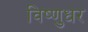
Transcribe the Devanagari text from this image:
विष्णुधर